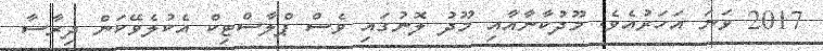
2017 ވަނަ އަހަރުއެވެ. މޫދުކާނާއާއި މޫދު ލޮނުގައި ވެސް ޕްލާސްޓިކް އެކުލެވޭކަން ދިރާސާ